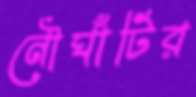
নৌঘাঁটির